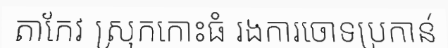
តាកែវ ស្រុកកោះធំ រងការចោទប្រកាន់